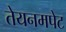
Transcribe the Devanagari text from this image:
तेयनमपेट